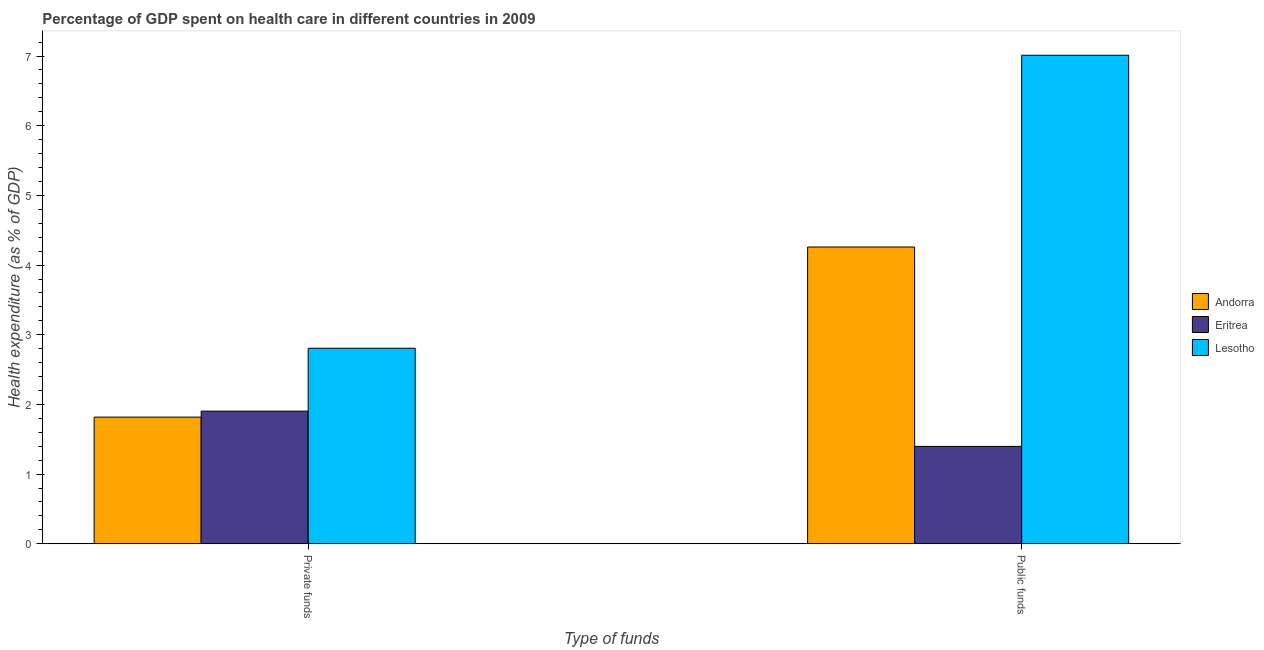
| Type of funds | Andorra | Eritrea | Lesotho |
 | --- | --- | --- | --- |
 | Private funds | 1.82 | 1.9 | 2.81 |
 | Public funds | 4.26 | 1.4 | 7.01 |